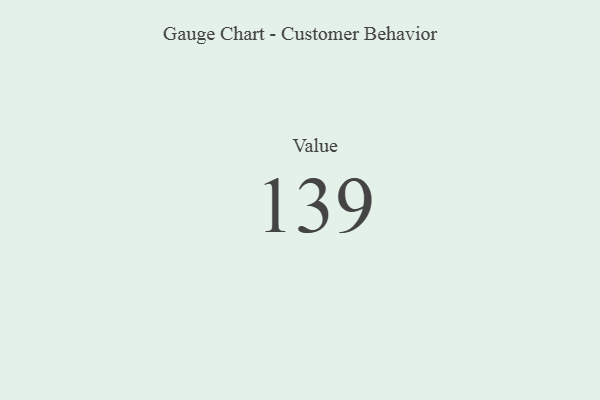
{"axis": {"x": "Metric", "y": "Value"}, "legend": [""], "data": [{"x": "Value", "y": 139, "type": ""}]}